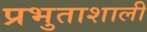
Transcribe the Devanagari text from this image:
प्रभुताशाली